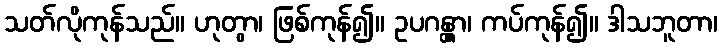
သတ်လိုကုန်သည်။ ဟုတွာ၊ ဖြစ်ကုန်၍။ ဥပဂန္တွာ၊ ကပ်ကုန်၍။ ဒါသဘူတာ၊